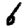
Digit: 6